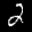
Label: 2